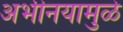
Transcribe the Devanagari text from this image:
अभीनयामुळे